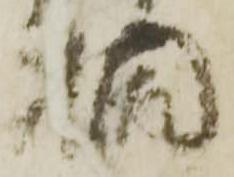
桐